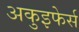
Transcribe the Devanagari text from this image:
अकुइफेर्स